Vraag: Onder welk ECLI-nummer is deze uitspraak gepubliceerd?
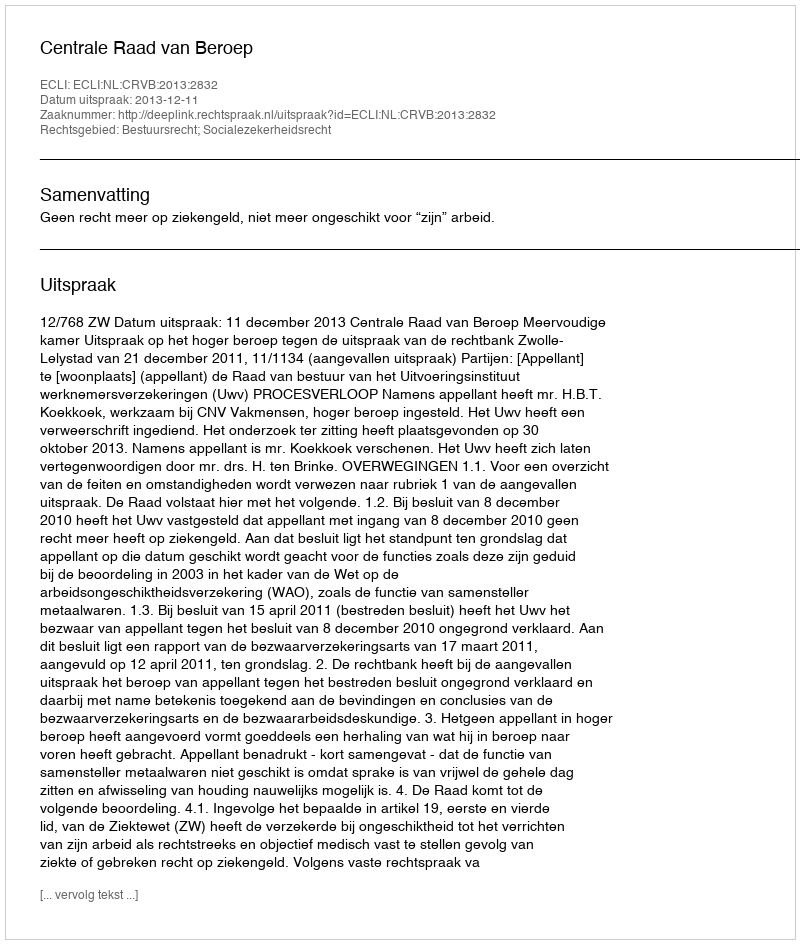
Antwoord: ECLI:NL:CRVB:2013:2832